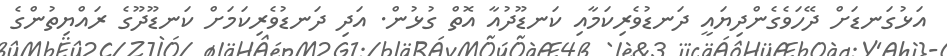
އަޅުގަނޑަށް ދޭހަވެގެންދިޔައީ ދަނޑުވެރިކަމާއި ކަނޑޫދުއާ އޮތް ގުޅުން. އަދި ދަނޑުވެރިކަމަށް ކަނޑޫދޫގެ ރައްޔިތުންގެ